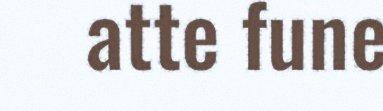
atte fune